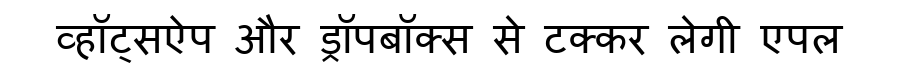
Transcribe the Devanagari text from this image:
व्हॉट्सऐप और ड्रॉपबॉक्स से टक्कर लेगी एपल